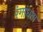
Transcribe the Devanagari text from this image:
रंगांधता